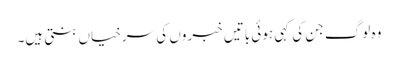
وہ لوگ جن کی کہی ہوئی باتیں خبروں کی سرخیاں بنتی ہیں۔